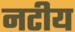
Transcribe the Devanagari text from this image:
नटीय